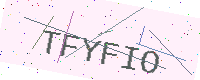
Text: TFYFIO